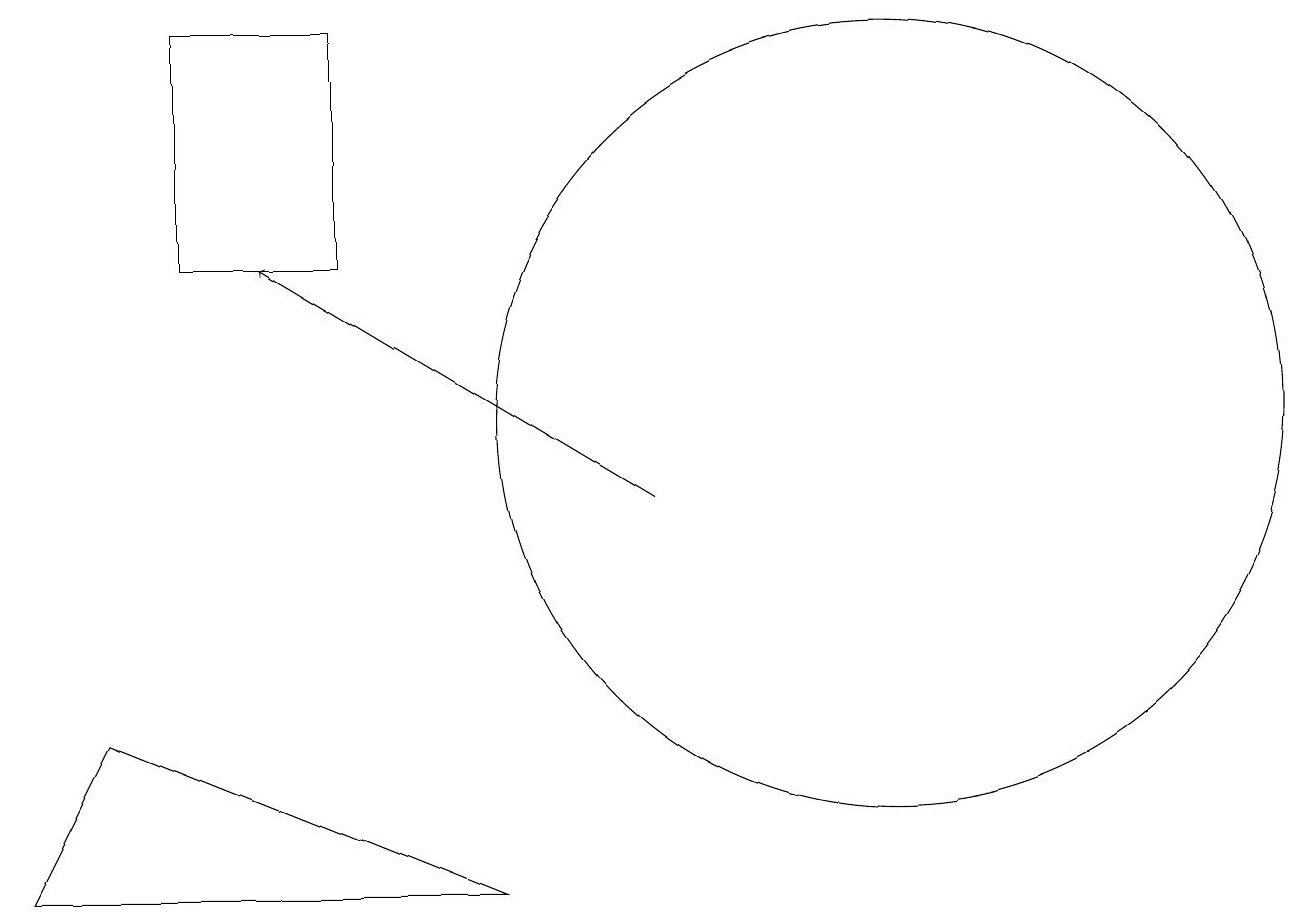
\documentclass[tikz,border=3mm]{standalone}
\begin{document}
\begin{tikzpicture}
\draw (12,11) circle (5);
\draw[->] (9,10) -- (4,13);
\draw (3,13) rectangle (5,16);
\draw (1,5) -- (7,5) -- (2,7) -- cycle;
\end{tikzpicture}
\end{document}